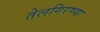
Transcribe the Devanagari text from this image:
तेलगिरण्या